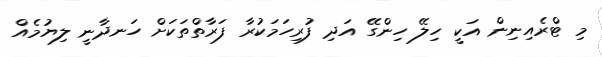
މި ޓްރެއިނިން އަކީ ހިލޭ ހިންގޭ އަދި ފުރިހަމަކުރާ ފަރާތްތަކަށް ހަނދާނީ ލިޔުމެއް